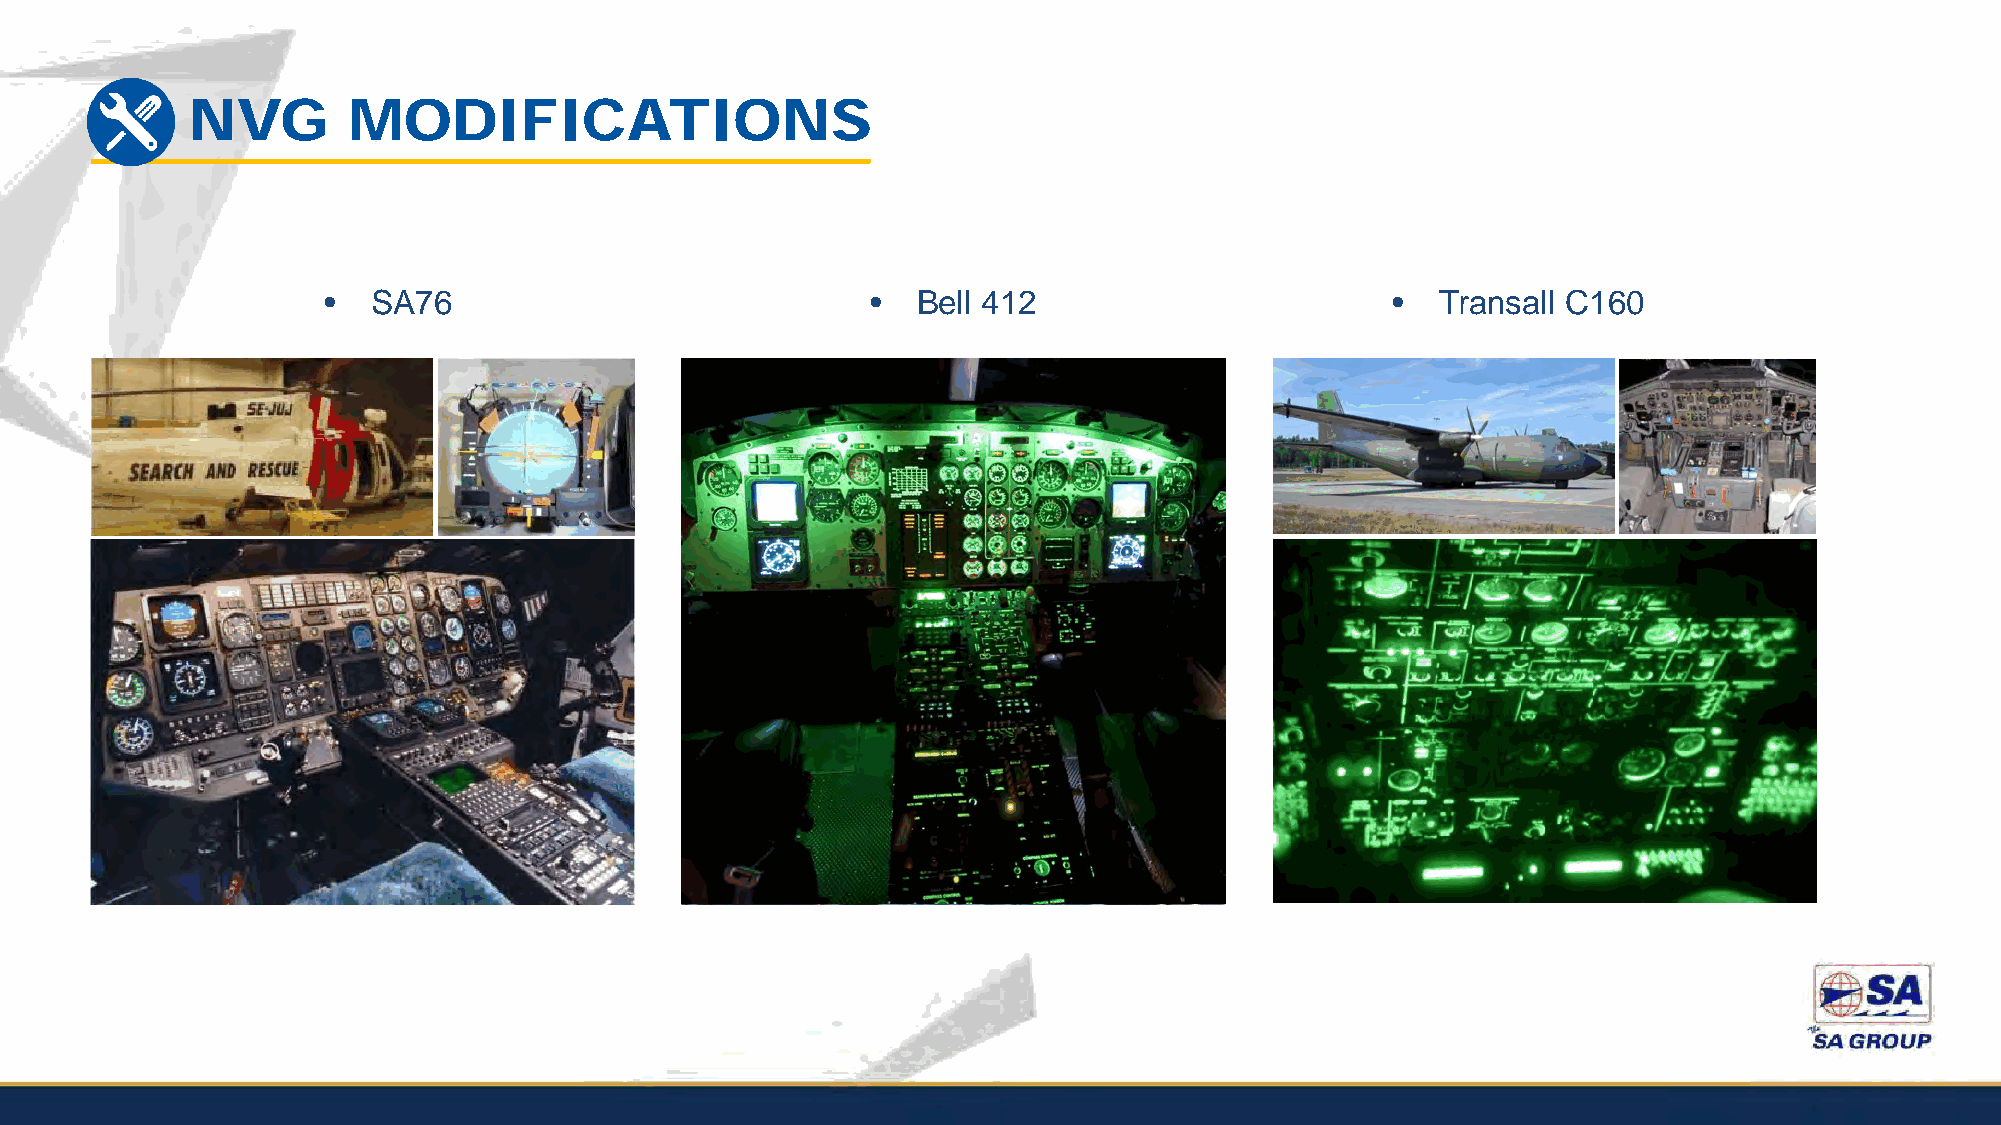
NVG        MODIFICATIONS
 •   SA76                             •  Bell 412                       •  Transall C160